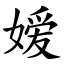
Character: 嫒